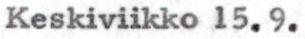
Keskiviikko 15.9.